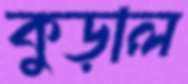
কুড়াল